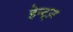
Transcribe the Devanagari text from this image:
हेन्ट्ज़